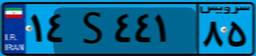
۱۴S۴۴۱۸۵